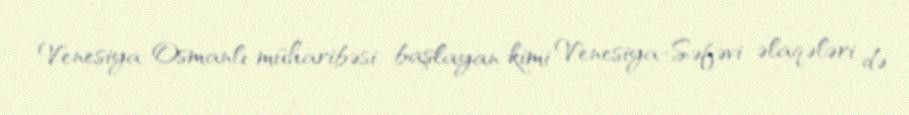
Venesiya-Osmanlı müharibəsi başlayan kimi Venesiya-Səfəvi əlaqələri də